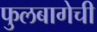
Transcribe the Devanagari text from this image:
फुलबागेची